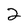
Character: 2